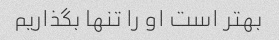
بهتر است او را تنها بگذاریم